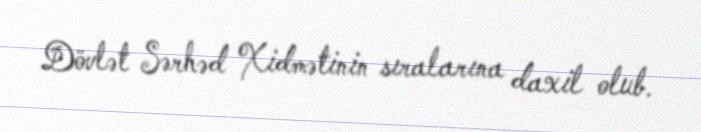
Dövlət Sərhəd Xidmətinin sıralarına daxil olub.